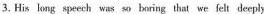
3.His long speech was so boring that we felt deeply